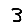
Digit: 3